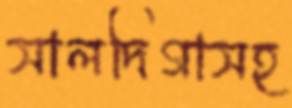
সালদিগাসহ